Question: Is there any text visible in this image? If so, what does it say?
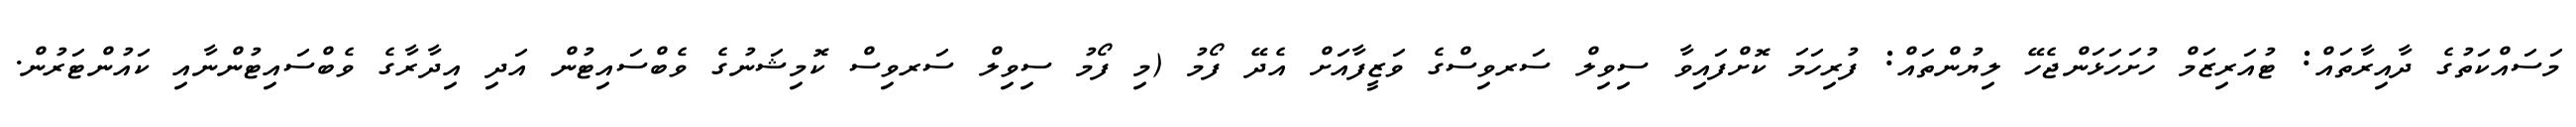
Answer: މަސައްކަތުގެ ދާއިރާތައް: ޓުއަރިޒަމް ހުށަހަޅަންޖެހޭ ލިޔުންތައް: ފުރިހަމަ ކޮށްފައިވާ ސިވިލް ސަރވިސްގެ ވަޒީފާއަށް އެދޭ ފޯމު (މި ފޯމު ސިވިލް ސަރވިސް ކޮމިޝަނުގެ ވެބްސައިޓުން އަދި އިދާރާގެ ވެބްސައިޓުންނާއި ކައުންޓަރުން.